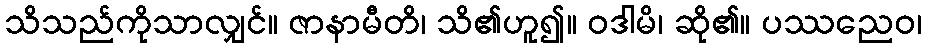
သိသည်ကိုသာလျှင်။ ဇာနာမီတိ၊ သိ၏ဟူ၍။ ဝဒါမိ၊ ဆို၏။ ပဿညေဝ၊